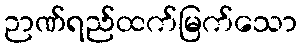
ဉာဏ်ရည်ထက်မြက်သော